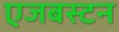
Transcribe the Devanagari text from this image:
एजबस्टन